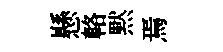
懸輅黙焉